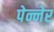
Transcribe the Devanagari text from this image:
पेन्नेर